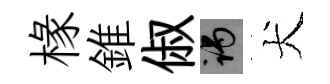
椽錐俶谒犬